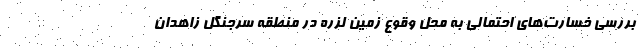
بررسی خسارت‌های احتمالی به محل وقوع زمین لزره در منطقه سرجنگل زاهدان